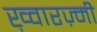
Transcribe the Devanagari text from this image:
ख़्वारज़्मी